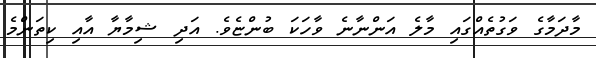
މާދަމާގެ ވަގުތެއްގައި މާލެ އަންނާނެ ވާހަކަ ބުންޏެވެ. އަދި ޝިމާޔާ އާއި ކިތަންމެ